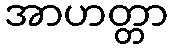
အာဟတ္တာ